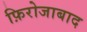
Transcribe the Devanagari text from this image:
फ़िरोजाबाद